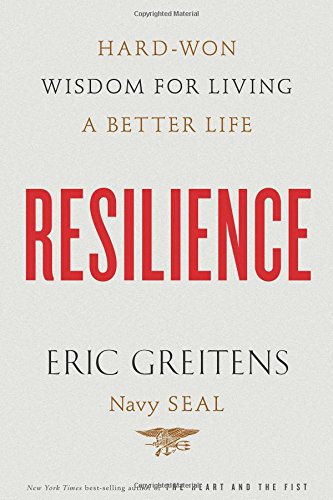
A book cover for Resilience: Hard-Won Wisdom for Living a Better Life; Eric Greitens Navy SEAL; Self-Help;